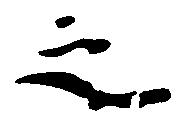
之